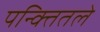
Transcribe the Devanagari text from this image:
पन्क्तितले